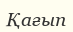
Қағып